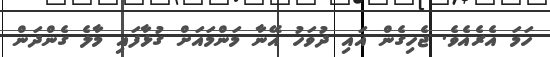
ހަމަ އެރެއެވެ. ޖެހިގެން އައި ދުވަހު އޭނާ މަންމައަށް ގުޅާފައި މާލެ ގެންދަން